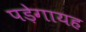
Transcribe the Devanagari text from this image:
पड़ेगायह